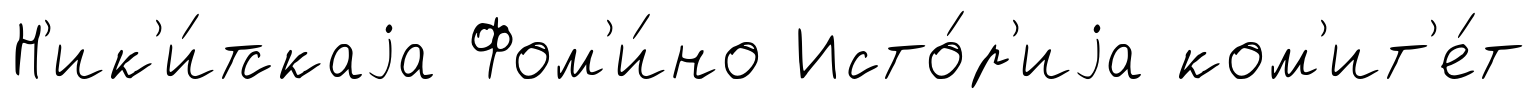
Н'ик'и́тскаjа Фом'и́но Исто́р'иjа ком'ит'е́т